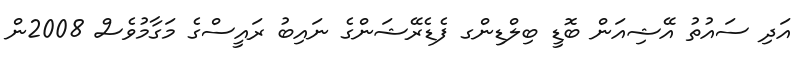
އަދި ސައުތު އޭޝިއަން ބޮޑީ ބިލްޑިންގ ފެޑެރޭޝަންގެ ނައިބު ރައީސްގެ މަގާމުވެސް 2008ން